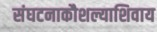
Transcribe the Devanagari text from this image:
संघटनाकौशल्याशिवाय